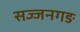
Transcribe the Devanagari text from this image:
सज्जनगङ